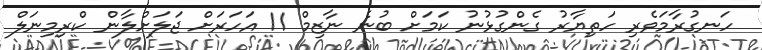
ހަނގުރާމަވެރި ހަތިޔާރު ގެންގުޅުނު ކަމަށް ބުނެ ނާޒިމް 11 އަހަރަށް ޖަލަށްލާން ކްރިމިނަލް